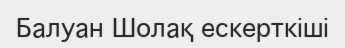
Балуан Шолақ ескерткіші